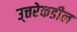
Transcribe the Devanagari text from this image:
उ्त्तरेकडील